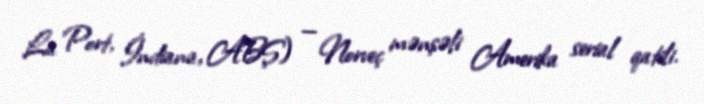
La Port, İndiana, ABŞ) — Norveç mənşəli Amerika serial qatili.